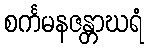
စင်္ကမနဇန္တာဃရံ